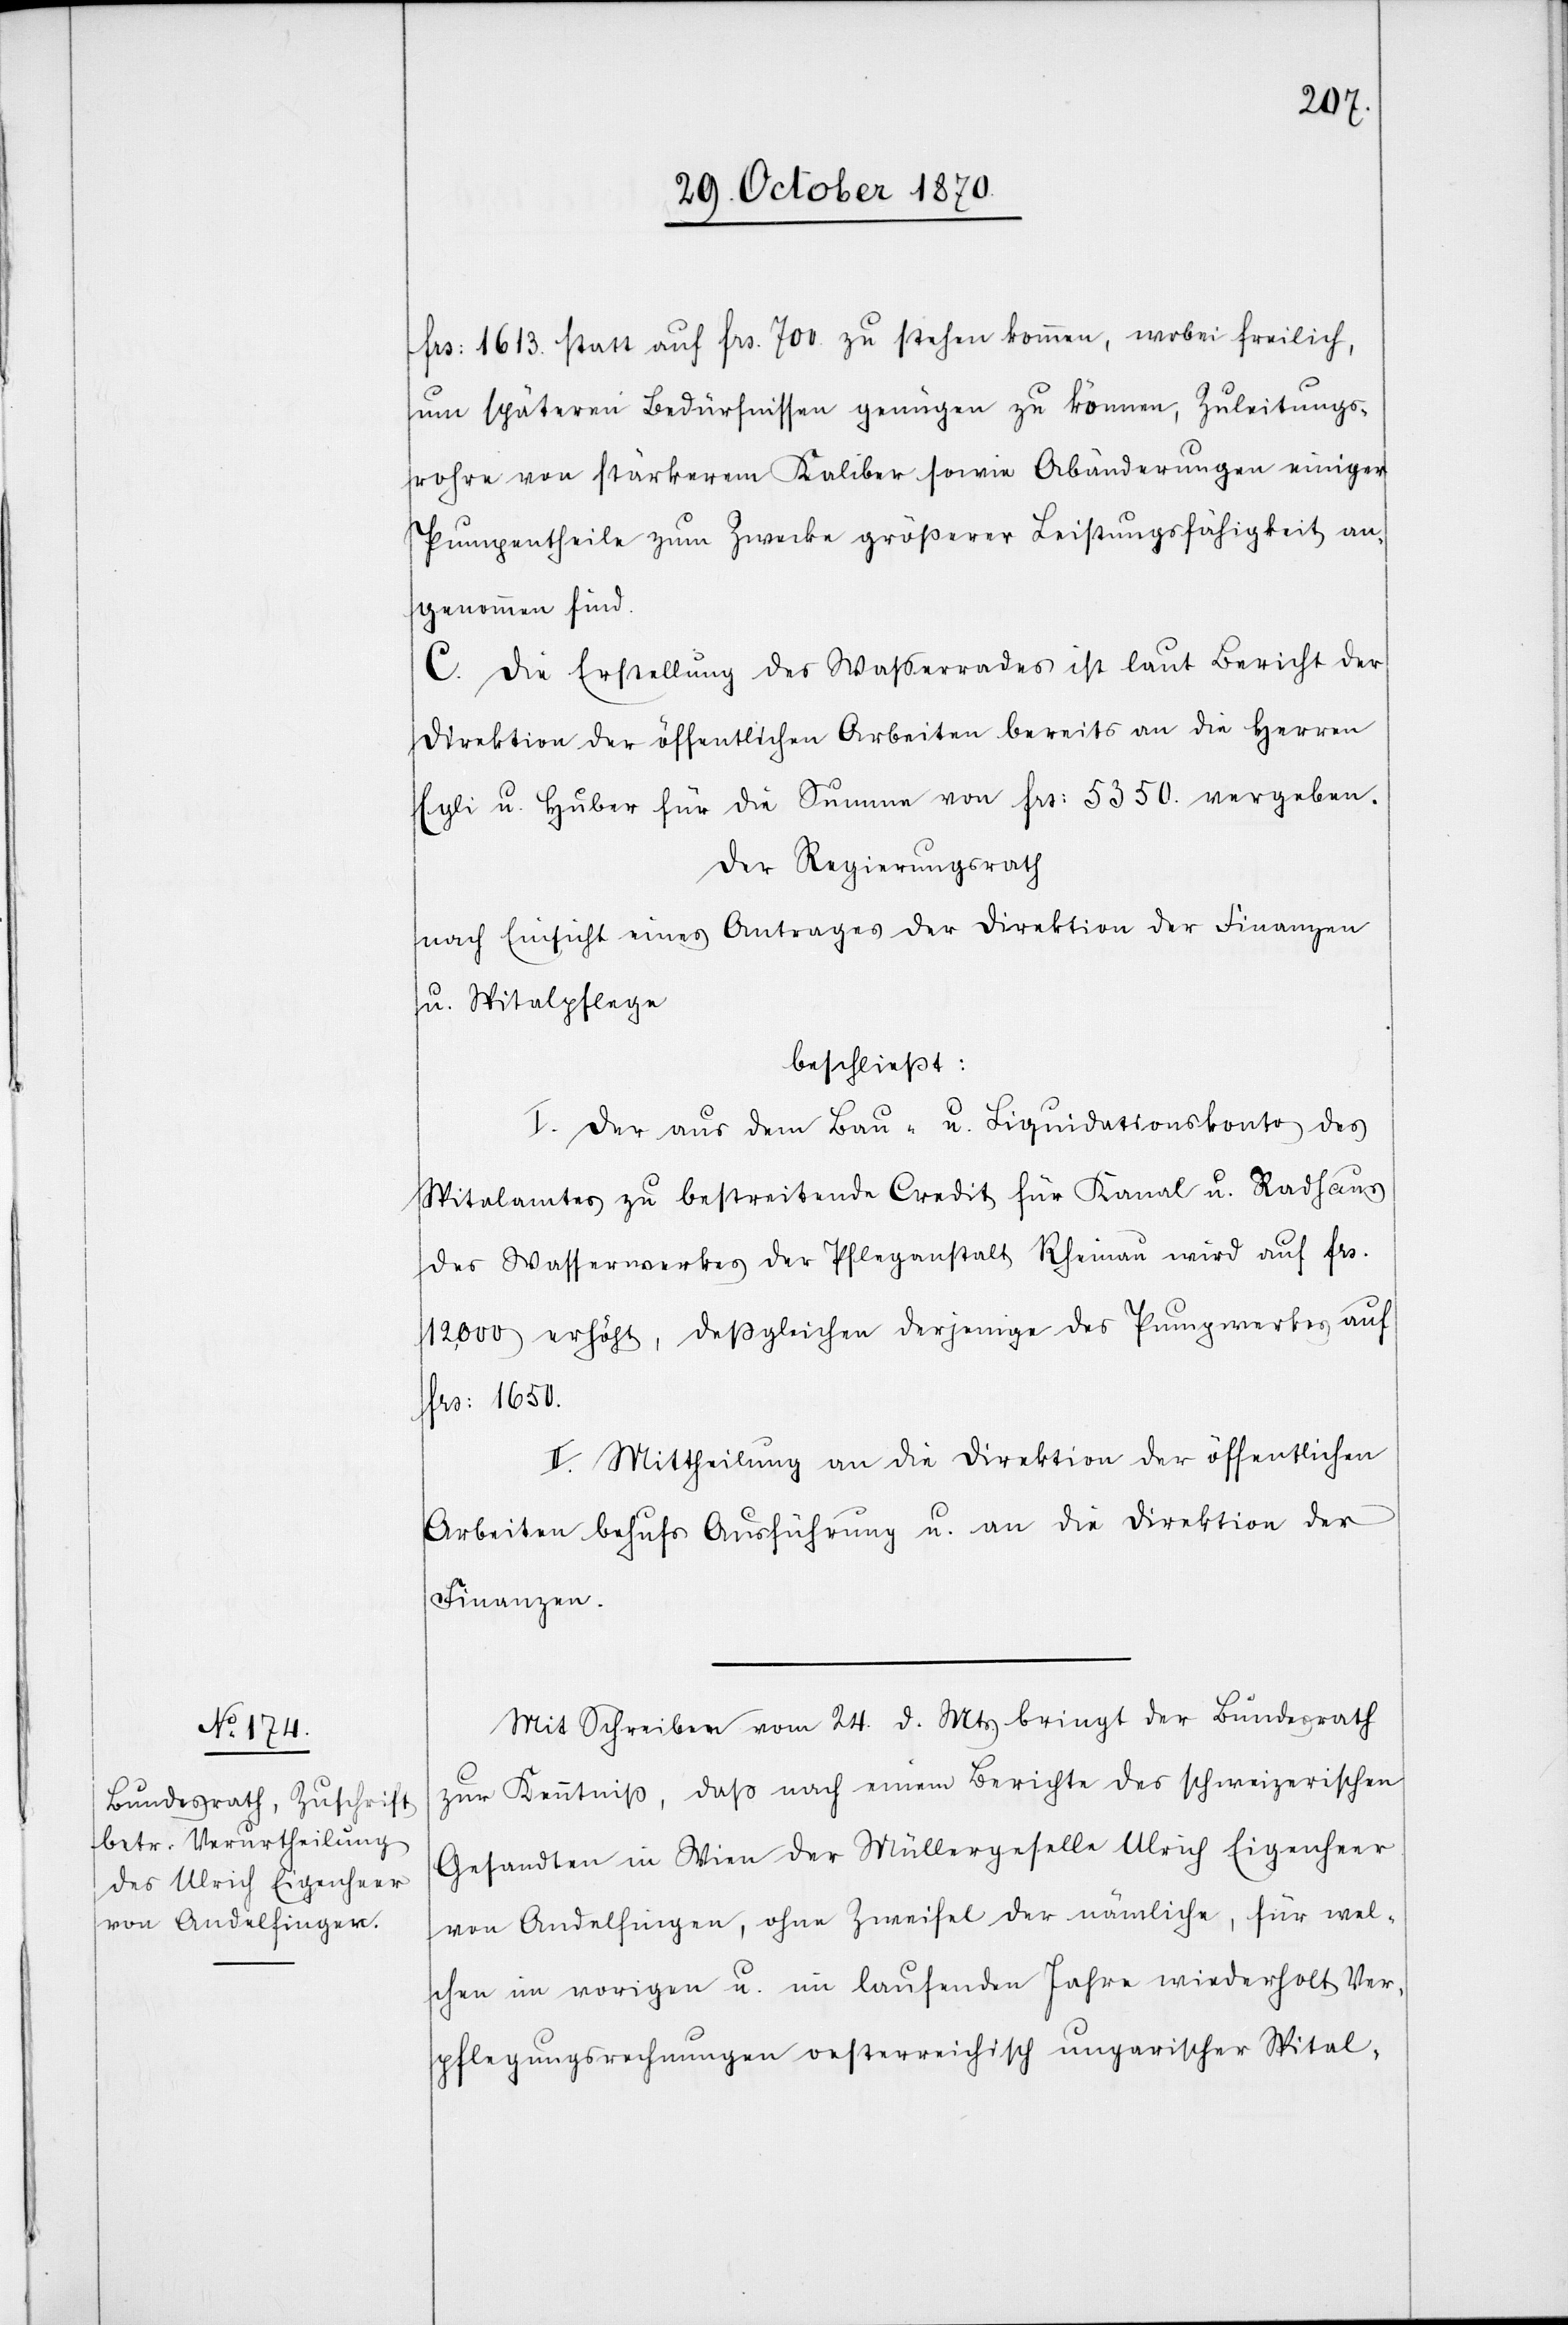
Frs: 1613. statt auf Frs. 700 zu stehen kommen, wobei freilich,
um späteren Bedürfnissen genügen zu können, Zuleitungs¬
rohre von stärkerem Kaliber sowie Abänderungen einiger
Pumpentheile zum Zwecke größerer Leistungsfähigkeit an¬
genommen sind.
C. Die Erstellung des Wasserrades ist laut Bericht der
Direktion der öffentlichen Arbeiten bereits an die Herren
Egli u. Huber für die Summe von Frs: 5350 vergeben.
Der Regierungsrath
nach Einsicht eines Antrages der Direktion der Finanzen
u. Spitalpflege
beschließt:
I. Der aus dem Bau- u. Liquidationskonto des
Spitalamtes zu bestreitende Credit für Kanal u. Radhaus
des Wasserwerkes der Pfleganstalt Rheinau wird auf Frs.
12,000 erhöht, deßgleichen derjenige des Pumpwerkes auf
Frs: 1650.
II. Mittheilung an die Direktion der öffentlichen
Arbeiten behufs Ausführung u. an die Direktion der
Finanzen.
Mit Schreiben vom 24. d. Mts. bring der Bundesrath
zur Kenntniß, daß nach einem Berichte des schweizerischen
Gesandten in Wien der Müllergeselle Ulrich Eigenheer
von Andelfingen, ohne Zweifel der nämliche, für wel¬
chen im vorigen u. im laufenden Jahre wiederholt Ver¬
pflegungsrechnungen oesterreichisch ungarischer Spital-